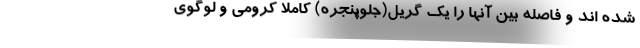
شده اند و فاصله بین آنها را یک گریل(جلوپنجره) کاملا کرومی و لوگوی